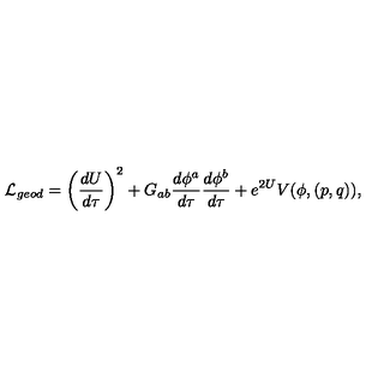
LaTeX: { \cal L } _ { g e o d } = \left( { \frac { d U } { d \tau } } \right) ^ { 2 } + G _ { a b } { \frac { d \phi ^ { a } } { d \tau } } { \frac { d \phi ^ { b } } { d \tau } } + e ^ { 2 U } V ( \phi , ( p , q ) ) ,